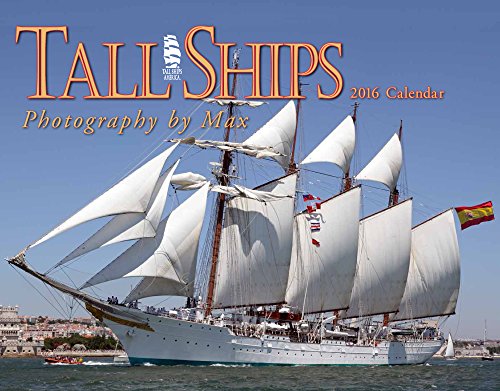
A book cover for Tall Ships 2016 Calendar 11x14; Tide-Mark Press Sailing; Calendars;